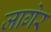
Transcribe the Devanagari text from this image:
जागेर